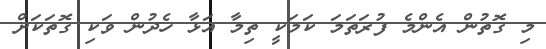
މި ގޮތުން އެންމެ ފުރަތަމަ ކަމަކީ ތިމާ އަޅާ ހެދުން ވަކި ގޮތަކަށް